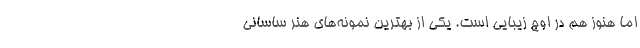
اما هنوز هم در اوج زیبایی است. یکی از بهترین نمونه‌های هنر ساسانی